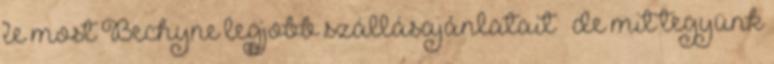
le most Bechyne legjobb szállásajánlatait “ de mit tegyünk